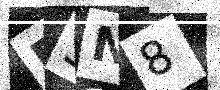
Text: FSN8